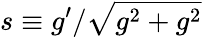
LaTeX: s\equiv g^{\prime}/\sqrt{g^{2}+g^{2}}